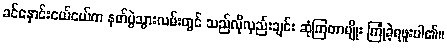
ခင်နှောင်းငယ်ငယ်က နတ်ပွဲသွားလမ်းတွင် သည်လိုလှည်းချင်း ဆုံကြတာမျိုး ကြုံခဲ့ရဖူးပါ၏။